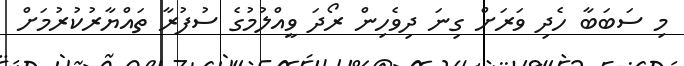
މި ސަބަބާ ހެދި ވަރަށް ގިނަ ދިވެހިން ރޯދަ ވީއްލުމުގެ ސުފުރާ ތައްޔާރުކުރުމަށް